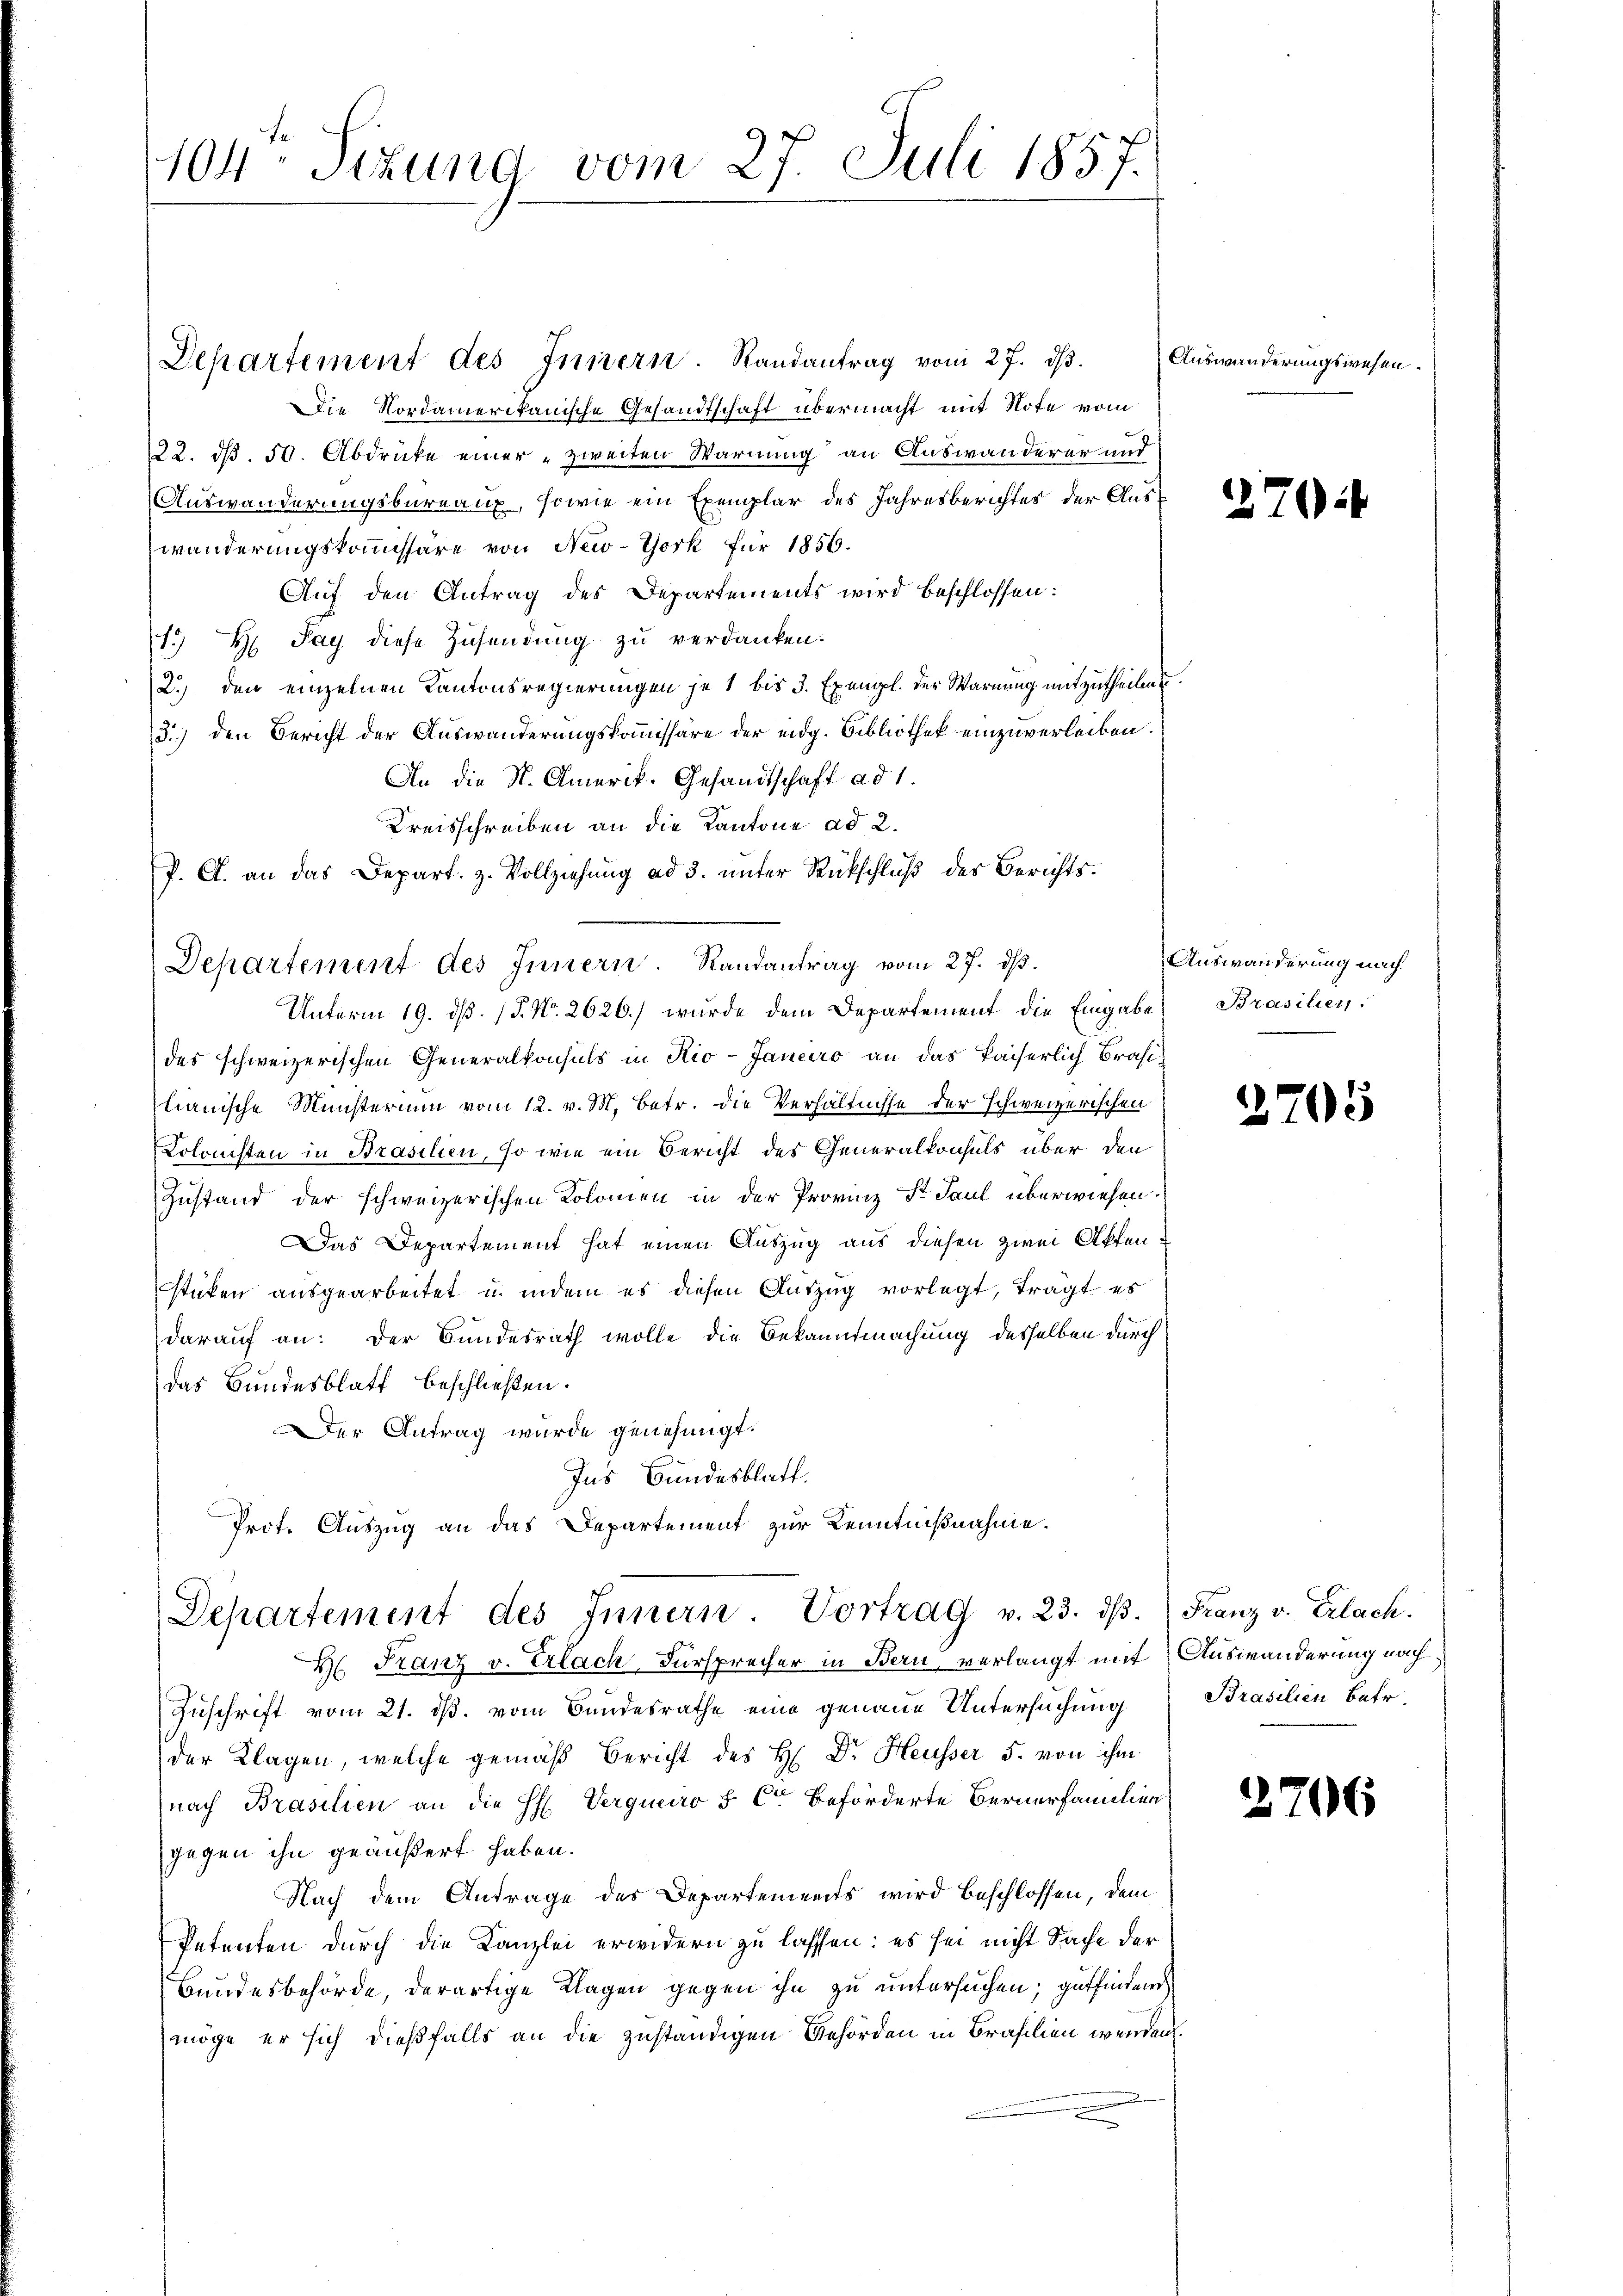
104: Setzung vom 27. Juli 1857.

Departement des Innern. Randantrag vom 27. dβ.
Die Nordamerikanische Gesandtschaft übermacht mit Note vom
22. dß. 50. Abdrücke einer zweiten Warnung an Auswanderer und
Auswanderungsbureaux, sowie ein Exemplar des Jahresberichtes der Auswanderungskommissäre von New-York für 1856.
Auf den Antrag des Departements wird beschlossen:
13 H Pay diese Zusendung zu verdanken.
2.) den einzelnen Kantonsregierungen je 1 bis 3 Exempl. der Warnung mitzutheilen
3.) den Bericht der Auswanderungskommissäre der eidg. Bibliothek einzuverleiben.
An die St. Amerik. Gesandtschaft ad 1.
Kreisschreiben an die Kantone ad 2.
P. A. an das Depart. z. Vollziehung ad 3. unter Rückschluß des Berichts¬
Departement des Innern. Randantrag vom 27. dß.
Unterm 19. ds. (T. No. 2626.) wurde dem Departement die Eingabe
des schweizerischen Generalkonsuls in Rio-Janeiro an das kaiserlich Brasilianische Ministerium vom 12. v. M. betr. die Verhältnisse der schweizerischen
Kolonisten in Brasilien, so wie ein Bericht des Generalkonsuls über den
Zustand der schweizerischen Kolomen in der Provinz St Paul überwiesen.
Das Departement hat einen Auszug aus diesen zwei Aktensticken ausgearbeitet u. indem es diesen Auszug vorlegt, trägt es
darauf an: Der Bundesrath wolle die Bekanntmachung desselben durch
das Bundesblatt beschließen.
Der Antrag wurde genehmigt.
Ins Bundesblatt.
Prot. Auszug an das Departement zur Kenntnißnahme.

Departement des Innern. Vortrag v. 23. dβ. Franz v. Erlach.
H. Franz v. Erlach Fürsprecher in Bern, verlangt mit Auswanderung nach¬

Auswanderungswesen.

Zuschrift vom 21. ds. vom Bundesrathe eine genaue Untersuchung Brasilien betr.
der Klagen, welche gemäß Bericht des H. Dr. Heusser 5. von ihm
nach Prasilien an die H. Vergneiro § C beförderte Bernerfamilien
gegen ihn geäußert haben.
Nach dem Antrage des Departements wird beschlossen, dem
Petenten durch die Kanzlei erwidern zu lassen: es sei nicht Sache der
Bundesbehörde, derartige Klagen gegen ihn zu untersuchen, gutfinderen
möge er sich dießfalls an die zuständigen Gehörden in Brasilien wenden

270:

Auswanderung nach
Brasilier

2705

2706